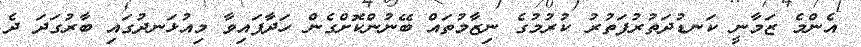
އެންމެ ޒަމާނީ ކަނޑުދަތުރުފަތުރު ކުރުމުގެ ނިޒާމުތައް ބޭނުންކޮށްގެން ހަދާފައިވާ މިއުޅަނދުގައި ބާރުގަދަ ދެ